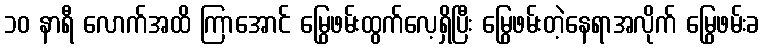
၁၀ နာရီ လောက်အထိ ကြာအောင် မြွေဖမ်းထွက်လေ့ရှိပြီး မြွေဖမ်းတဲ့နေရာအလိုက် မြွေဖမ်းခ